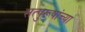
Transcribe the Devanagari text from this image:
सत्पुरूषांच्या